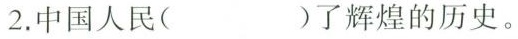
2.中国人民( )了辉煌的历史。